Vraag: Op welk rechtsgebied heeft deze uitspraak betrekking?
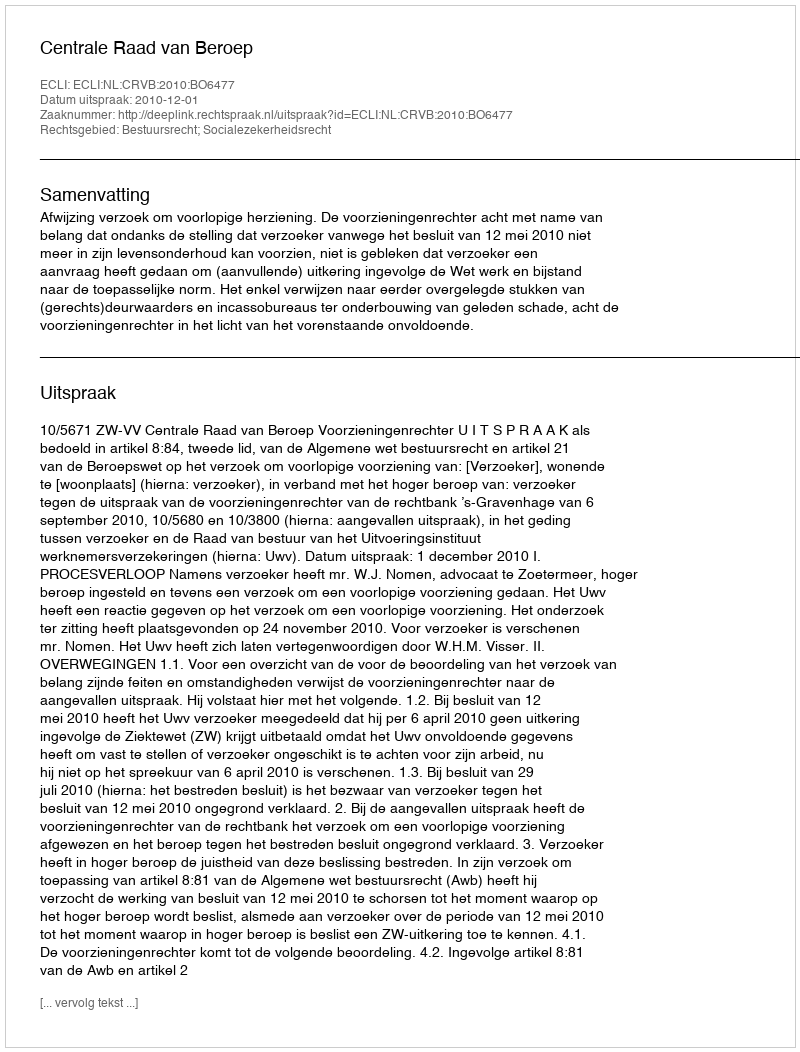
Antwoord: Bestuursrecht; Socialezekerheidsrecht